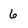
Character: 6